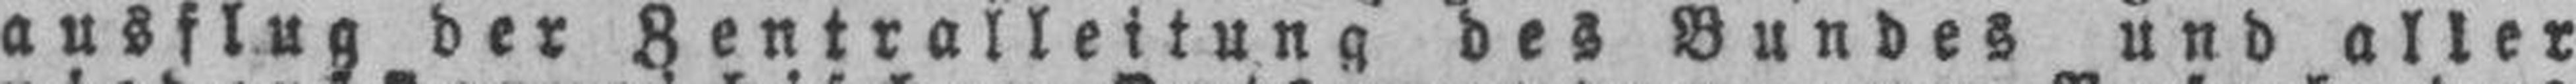
ausflug der Zentralleitung des Bundes und aIler